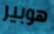
هوبير